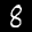
Label: 8